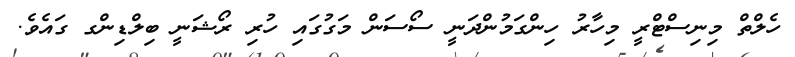
ހެލްތް މިނިސްޓްރީ މިހާރު ހިންގަމުންދަނީ ސޯސަން މަގުގައި ހުރި ރޯޝަނީ ބިލްޑިންގ ގައެވެ.